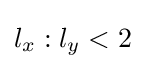
l_{x}:l_{y}<2